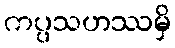
ကပ္ပသဟဿမှိ